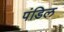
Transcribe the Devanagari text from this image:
पंडिल